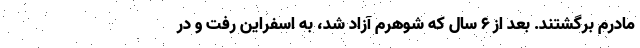
مادرم برگشتند. بعد از ۶ سال که شوهرم آزاد شد، به اسفراین رفت و در